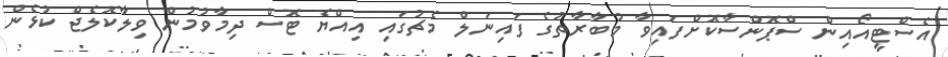
އެސްޓީއޯއިން ސްޕޮންސާކޮށްފައިވާ މުބާރާތުގެ ފައިނަލް މެޗުގައި އިއްޔެ ޓޮސް ދިމާވުމުން ވިލާކޮލެޖް ކުޅެން